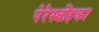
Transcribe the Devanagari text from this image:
पेरेस्त्रोंइका